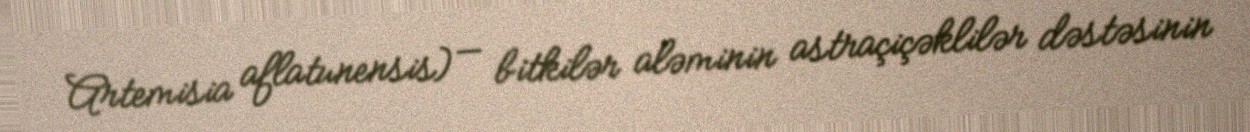
Artemisia aflatunensis) — bitkilər aləminin astraçiçəklilər dəstəsinin